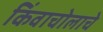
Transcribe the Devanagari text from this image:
किंवाचोलाचे